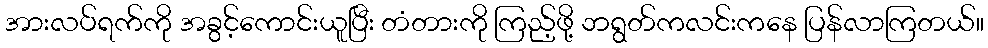
အားလပ်ရက်ကို အခွင့်ကောင်းယူပြီး တံတားကို ကြည့်ဖို့ ဘရွတ်ကလင်းကနေ ပြန်လာကြတယ်။